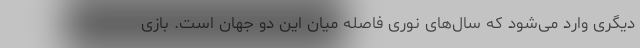
دیگری وارد می‌شود که سال‌های نوری فاصله میان این دو جهان است. بازی